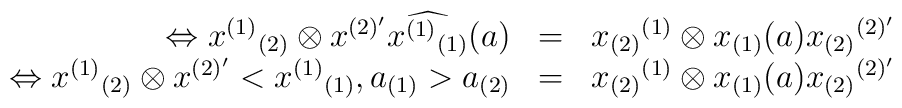
\begin{array}{rcl}\Leftrightarrow x^{(1)}{}_{(2)}\otimes x^{(2)'}\widehat{x^{(1)}{}_{(1)}}(a) & =&x_{(2)}{}^{(1)}\otimes x_{(1)}(a) x_{(2)}{}^{(2)'}\\\Leftrightarrow x^{(1)}{}_{(2)}\otimes x^{(2)'}<x^{(1)}{}_{(1)},a_{(1)}>a_{(2)} & = &x_{(2)}{}^{(1)}\otimes x_{(1)}(a) x_{(2)}{}^{(2)'}\end{array}